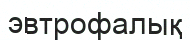
эвтрофалық